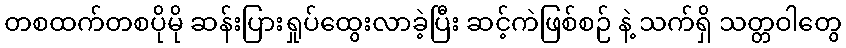
တစထက်တစပိုမို ဆန်းပြားရှုပ်ထွေးလာခဲ့ပြီး ဆင့်ကဲဖြစ်စဉ် နဲ့ သက်ရှိ သတ္တဝါတွေ